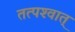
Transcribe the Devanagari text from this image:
तत्‍पश्‍वात्